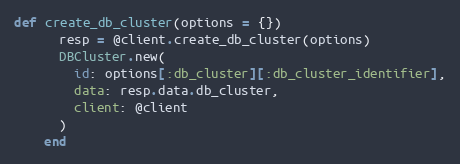
Language: Ruby
def create_db_cluster(options = {})
      resp = @client.create_db_cluster(options)
      DBCluster.new(
        id: options[:db_cluster][:db_cluster_identifier],
        data: resp.data.db_cluster,
        client: @client
      )
    end